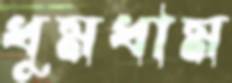
ধুমধাম